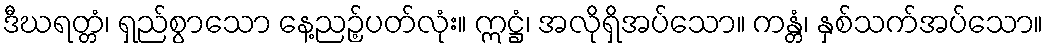
ဒီဃရတ္တံ၊ ရှည်စွာသော နေ့ညဉ့်ပတ်လုံး။ ဣဋ္ဌံ၊ အလိုရှိအပ်သော။ ကန္တံ၊ နှစ်သက်အပ်သော။